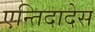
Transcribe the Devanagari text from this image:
एन्तिदादेस